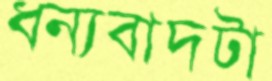
ধন্যবাদটা